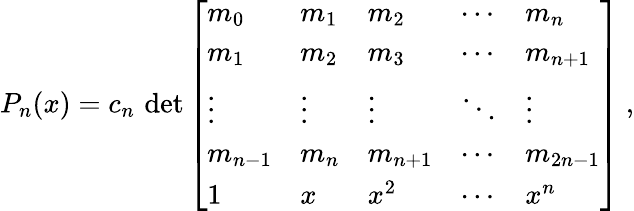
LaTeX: P_{n}(x)=c_{n}\, \operatorname*{det}{\left[\begin{array}{lllll}{m_{0}}&{m_{1}}&{m_{2}}&{\cdots}&{m_{n}}\\ {m_{1}}&{m_{2}}&{m_{3}}&{\cdots}&{m_{n+1}}\\ {\vdots}&{\vdots}&{\vdots}&{\ddots}&{\vdots}\\ {m_{n-1}}&{m_{n}}&{m_{n+1}}&{\cdots}&{m_{2n-1}}\\ {1}&{x}&{x^{2}}&{\cdots}&{x^{n}}\end{array}\right]}~,